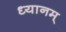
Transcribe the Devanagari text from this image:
ध्यानम्